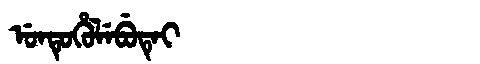
Manchu: ᡠᠨᡨᡠᡥᡠᠯᡝᠪᡠᡨᡝᡳ
Romanization: UNTUHULEBUTEI